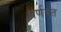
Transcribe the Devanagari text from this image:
पर्णवत